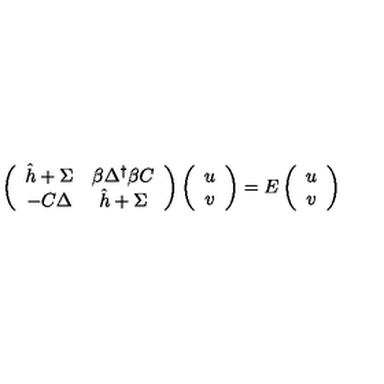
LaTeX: \left( \begin{array} { c c } { \hat { h } + \Sigma } & { \beta \Delta ^ { \dagger } \beta C } \\ { - C \Delta } & { \hat { h } + \Sigma } \\ \end{array} \right) \left( \begin{array} { c } { u } \\ { v } \\ \end{array} \right) = E \left( \begin{array} { c } { u } \\ { v } \\ \end{array} \right)